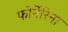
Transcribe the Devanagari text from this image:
फोर्नेरिना